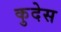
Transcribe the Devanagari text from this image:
कुदेस